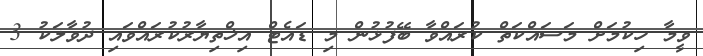
ވީމާ ހިކުމަށް މަސައްކަތް ކުރައްވާ ބޭފުޅުން މި ޑައެޓް އިޚްތިޔާރުކުރައްވައި ދުވާލަކު 3